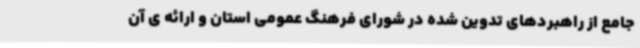
جامع از راهبردهای تدوین شده در شورای فرهنگ عمومی استان و ارائه ی آن